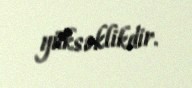
yüksəklikdir.